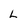
Character: L